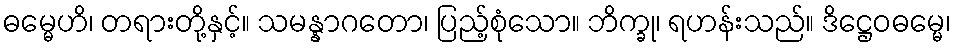
ဓမ္မေဟိ၊ တရားတို့နှင့်။ သမန္နာဂတော၊ ပြည့်စုံသော။ ဘိက္ခု၊ ရဟန်းသည်။ ဒိဋ္ဌေဝဓမ္မေ၊